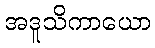
အဒူသိကာယော